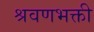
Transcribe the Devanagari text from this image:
श्रवणभक्ती